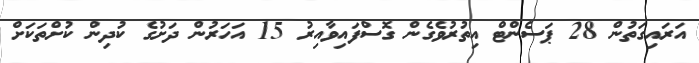
އަރައިގަތުން 28 ޕަސެންޓް އިތުރުވެގެން ގޮސްފައިވާއިރު 15 އަހަރުން ދަށުގެ ކުދިން ކުށްތަކަށް